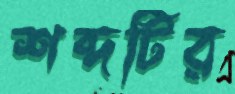
শব্দটির